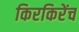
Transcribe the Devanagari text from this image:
किरकिरेंच